Leaving Certificate, 1937
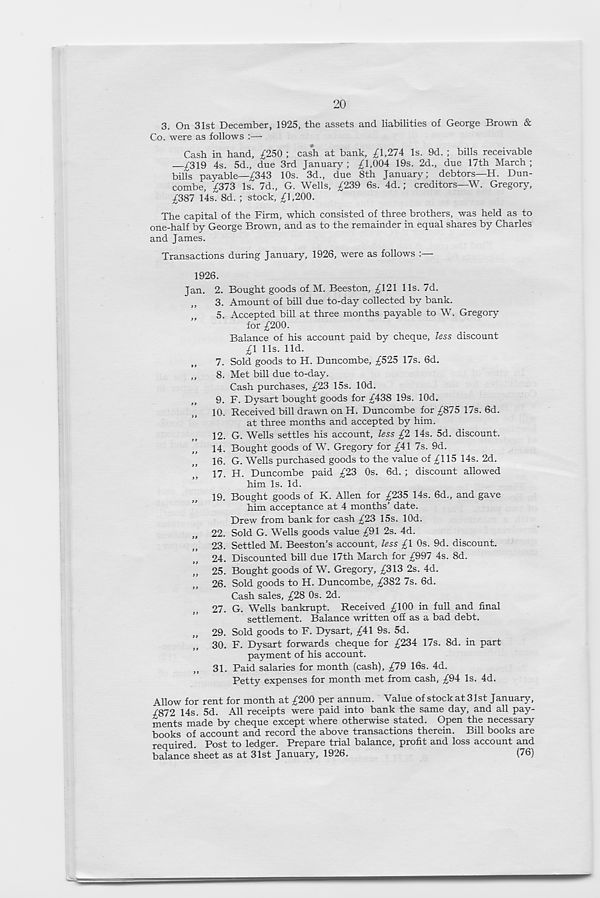
20
3. On 31st December, 1925, the assets and liabilities of George Brown &
Co. were as follows :—
Cash in hand, £250 ; cash at bank, £1,274 Is. 9d. ; bills receivable
£319 4s. 5d., due 3rd January ; £1,004 19s. 2d., due 17th March ;
bills payable—£343 10s. 3d., due 8th January; debtors—H. Dun-
combe, £373 Is. 7d„ G. Wells, £239 6s. 4d. ; creditors—W. Gregory,
£387 14s. 8d. ; stock, £1,200.
The capital of the Firm, which consisted of three brothers, was held as to
one-half by George Brown, and as to the remainder in equal shares by Charles
and James.
Transactions during January, 1926, were as follows :—
1926.
Jan. 2. Bought goods of M. Beeston, £121 11s. 7d.
3. Amount of bill due to-day collected by bank.
5. Accepted bill at three months payable to W. Gregory
for £200.
Balance of his account paid by cheque, less discount
£1 11s. lid.
7. Sold goods to H. Duncombe, £525 17s. 6d.
8. Met bill due to-day.
Cash purchases, £23 15s. lOd.
9. F. Dysart bought goods for £438 19s. lOd.
10.
R
at three months and accepted by him.
12. G. Wells settles his account, less £2 14s. 5d. discount.
14. Bought goods of W. Gregory for £41 7s. 9d.
16. G. Wells purchased goods to the value of £115 14s. 2d.
17. H. Duncombe paid £23 0s. 6d. ; discount allowed
him Is. Id.
19. Bought goods of K. Allen for £235 14s. 6d., and gave
him acceptance at 4 months’ date.
Drew from bank for cash £23 15s. lOd.
22. Sold G. Wells goods value £91 2s. 4d.
23. Settled M. Beeston’s account, less £1 0s. 9d. discount.
24. Discounted bill due 17th March for £997 4s. 8d.
25. Bought goods of W. Gregory, £313 2s. 4d.
26. Sold goods to H. Duncombe, £382 7s. 6d.
Cash sales, £28 0s. 2d.
27. G. Wells bankrupt. Received £100 in full and final
settlement. Balance written off as a bad debt.
29. Sold goods to F. Dysart, £41 9s. 5d.
30. F. Dysart forwards cheque for £234 17s. 8d. in part
payment of his account.
31. Paid salaries for month (cash), £79 16s. 4d.
Petty expenses for month met from cash, £94 Is. 4d.
Allow for rent for month at £200 per annum. Value of stock at: 31st January,
£872 14s. 5d. All receipts were paid into bank the same day, and all pay-
ments made by cheque except where otherwise stated. Open the necessary
books of account and record the above transactions therein. Bill books are
required. Post to ledger. Prepare trial balance, profit and loss account and
balance sheet as at 31st January, 1926.
(76)